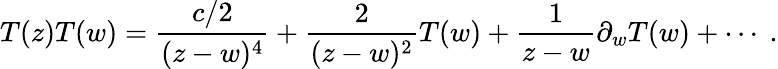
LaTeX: T(z)T(w)=\frac{{c}/{2}}{(z-w)^{4}}+\frac{2}{(z-w)^{2}}T(w)+\frac{1}{z-w}\partial_{w}T(w)+\cdots~.